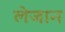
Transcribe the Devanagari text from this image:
लेजान